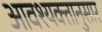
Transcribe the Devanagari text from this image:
आवश्यक्तानुसार